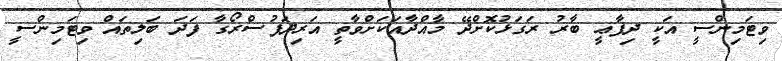
ވިޓަމިންސީ އަކީ ދިފާޢީ ބާރު ރަގަޅުކޮށްދޭ މާއްދާއަކަށްވާތީ އަރިދަފުސްރޯގާ ފަދަ ބަލިތައް ވިޓަމިންސީ